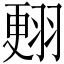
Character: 𦑃